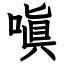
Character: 嗔